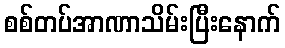
စစ်တပ်အာဏာသိမ်းပြီးနောက်